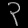
Digit: ၃